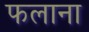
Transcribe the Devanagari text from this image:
फलाना